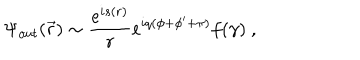
\Psi _ { o u t } ( \vec { r } ) \sim \frac { e ^ { i s ( r ) } } r e ^ { i q ( \phi + \phi ^ { \prime } + \pi ) } f ( \gamma ) \ ,